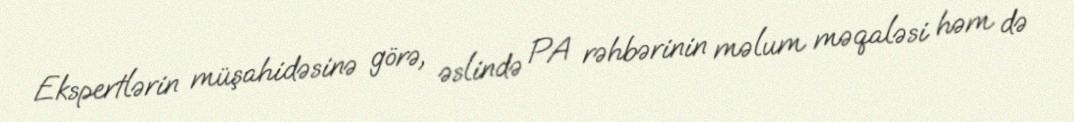
Ekspertlərin müşahidəsinə görə, əslində PA rəhbərinin məlum məqaləsi həm də